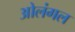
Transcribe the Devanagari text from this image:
ओलंगल